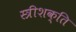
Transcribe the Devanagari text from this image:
स्त्रीशक्ति